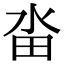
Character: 畓